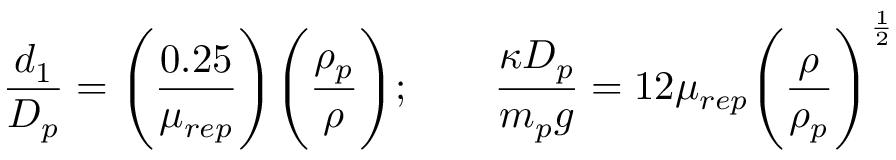
\frac { d _ { 1 } } { D _ { p } } = \Bigg ( \frac { 0 . 2 5 } { \mu _ { r e p } } \Bigg ) \Bigg ( \frac { \rho _ { p } } { \rho } \Bigg ) ; \qquad \frac { \kappa D _ { p } } { m _ { p } g } = 1 2 \mu _ { r e p } \Bigg ( \frac { \rho } { \rho _ { p } } \Bigg ) ^ { \frac { 1 } { 2 } }